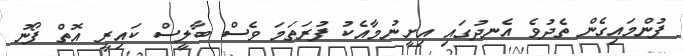
ފުންމައިގެން ތެދުވެ އެނދުގައި އިށީނުމާއެކު ފުރަތަމަ ވެސް ބާލީސް ކައިރީ އޮތް ފޯނު